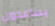
يساعدون